Elephants and their diseases
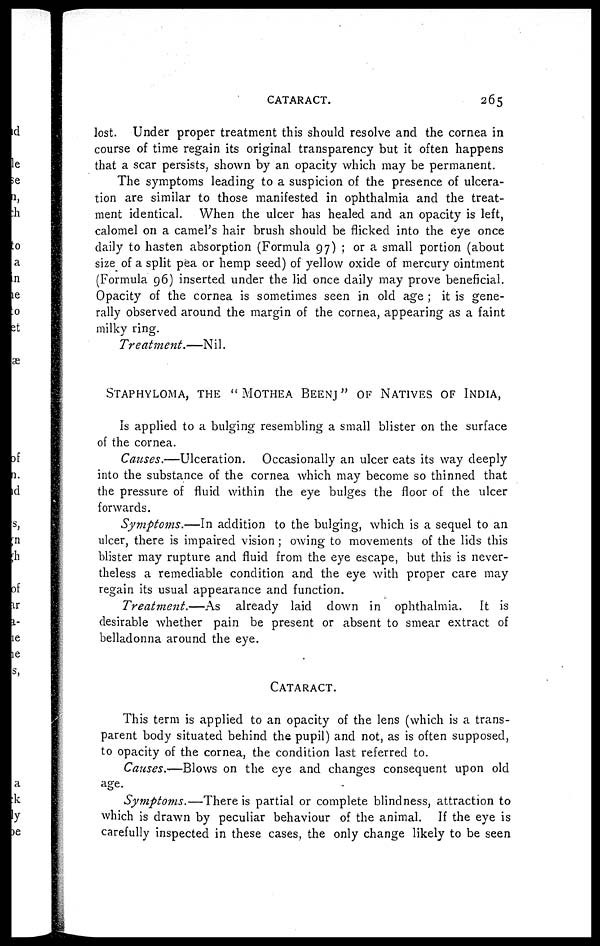
CATARACT.
265
lost. Under proper treatment this should resolve and the cornea in
course of time regain its original transparency but it often happens
that a scar persists, shown by an opacity which may be permanent.
The symptoms leading to a suspicion of the presence of ulcera-
tion are similar to those manifested in ophthalmia and the treat-
ment identical. When the ulcer has healed and an opacity is left,
calomel on a camel's hair brush should be flicked into the eye once
daily to hasten absorption (Formula 97) ; or a small portion (about
size of a split pea or hemp seed) of yellow oxide of mercury ointment
(Formula 96) inserted under the lid once daily may prove beneficial.
Opacity of the cornea is sometimes seen in old age ; it is gene-
rally observed around the margin of the cornea, appearing as a faint
milky ring.
Treatment.—Nil.
STAPHYLOMA, THE " MOTHEA BEENJ" OF NATIVES OF INDIA,
Is applied to a bulging resembling a small blister on the surface
of the cornea.
Causes.—Ulceration.
Occasionally an ulcer eats its way deeply
into the substance of the cornea which may become so thinned that
the pressure of fluid within the eye bulges the floor of the ulcer
forwards.
Symptoms.—In addition to the bulging, which is a sequel to an
ulcer, there is impaired vision ; owing to movements of the lids this
blister may rupture and fluid from the eye escape, but this is never-
theless a remediable condition and the eye with proper care may
regain its usual appearance and function.
Treatment.—As
already laid down in ophthalmia. It is
desirable whether pain be present or absent to smear extract of
belladonna around the eye.
CATARACT.
This term is applied to an opacity of the lens (which is a trans-
parent body situated behind the pupil) and not, as is often supposed,
to opacity of the cornea, the condition last referred to.
Causes.—Blows on the eye and changes consequent upon old
age.
Symptoms.—There is partial or complete blindness, attraction to
which is drawn by peculiar behaviour of the animal. If the eye is
carefully inspected in these cases, the only change likely to be seen